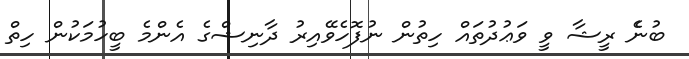
ބުނެެ ރީޝާ ވީ ވަޢުދުތައް ހިތުން ނުފޮހެވޭއިރު ދާނިޝްގެ އެންމެ ބީހުމަކުން ހިތް